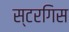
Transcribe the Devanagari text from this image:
स्टरगिस